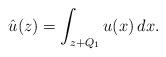
LaTeX: \begin{align*}\hat{u} (z) =\int_{z+Q_1} u(x)\, dx.\end{align*}